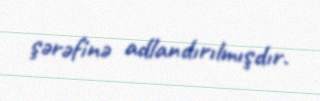
şərəfinə adlandırılmışdır.